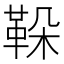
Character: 𩊜